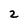
Character: 2